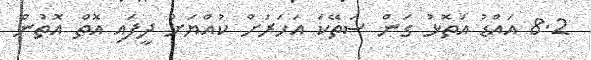
8.2 އައްޑު އަތޮޅު ގަން ސަތޭކަ އަހަރަށް ކުއްޔަށް ދީފައި އޮތް އޮތުން